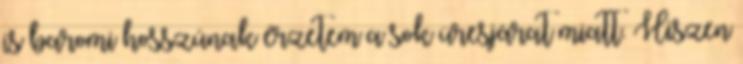
is baromi hosszúnak érzetem a sok üresjárat miatt. Hiszen